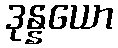
ဒုန္နယော